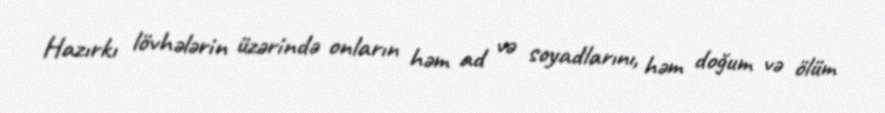
Hazırkı lövhələrin üzərində onların həm ad və soyadlarını, həm doğum və ölüm